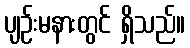
ပျဉ်းမနားတွင် ရှိသည်။